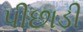
પીછાડી